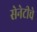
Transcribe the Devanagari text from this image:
सेनेटीचे